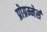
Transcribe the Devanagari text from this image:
प्रोग्रम्मेर्स